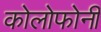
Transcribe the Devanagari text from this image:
कोलोफोनी